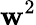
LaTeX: \mathbf{w}^{2}